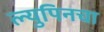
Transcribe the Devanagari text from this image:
ल्युपिनचा